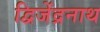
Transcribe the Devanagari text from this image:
द्विजेंद्रनाथ